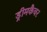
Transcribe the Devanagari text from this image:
ड्रीमकैचर